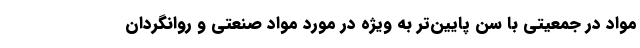
مواد در جمعیتی با سن پایین‌تر به ویژه در مورد مواد صنعتی و روانگردان